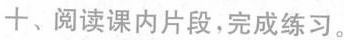
十、阅读课内片段，完成练习。